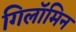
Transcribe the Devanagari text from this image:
गिलॉमिन